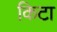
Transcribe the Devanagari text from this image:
किटा